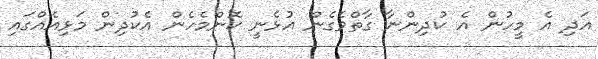
އަދި އެ މީހުން އެ ކުދިންނާ ގާތްވެގެން އުޅެނީ ކޮންމެހެން އެކުދިން މަޅިއެއްގައި